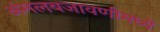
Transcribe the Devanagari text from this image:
अंमलबजावणीमध्ये